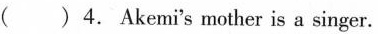
() 4. Akemi's mother is a singer.